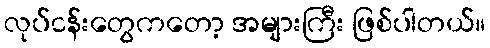
လုပ်ငန်းတွေကတော့ အများကြီး ဖြစ်ပါတယ်။